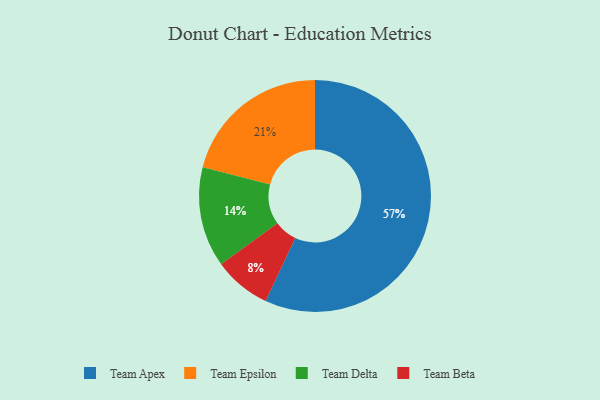
{"axis": {"x": "Category", "y": "Percentage"}, "legend": ["Team Apex", "Team Beta", "Team Delta", "Team Epsilon"], "data": [{"x": "Team Beta", "y": 8, "type": "Team Beta"}, {"x": "Team Apex", "y": 57, "type": "Team Apex"}, {"x": "Team Epsilon", "y": 21, "type": "Team Epsilon"}, {"x": "Team Delta", "y": 14, "type": "Team Delta"}]}